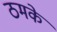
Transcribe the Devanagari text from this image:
ठमके